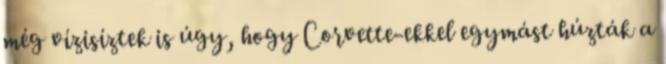
még vízisíztek is úgy, hogy Corvette-ekkel egymást húzták a